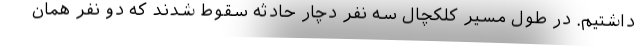
داشتیم. در طول مسیر کلکچال سه نفر دچار حادثه سقوط شدند که دو نفر همان